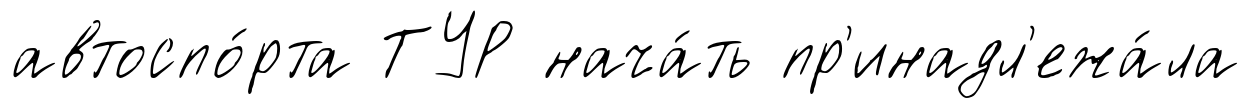
автоспо́рта ТУР нача́ть пр'инадл'ежа́ла